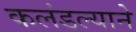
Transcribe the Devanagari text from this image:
कलंडल्याने